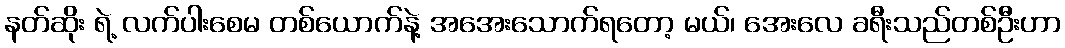
နတ်ဆိုး ရဲ့ လက်ပါးစေမ တစ်ယောက်နဲ့ အအေးသောက်ရတော့ မယ်၊ အေးလေ ခရီးသည်တစ်ဦးဟာ